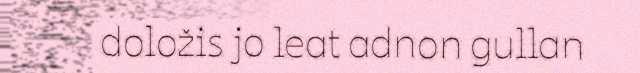
doložis jo leat adnon gullan